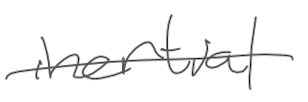
Text: inertial
Cross-out: single-line
Writing tool: digital_gray